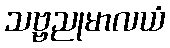
သဗ္ဗညုမာလယံ